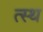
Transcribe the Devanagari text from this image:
त्स्थ